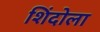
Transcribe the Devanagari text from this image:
शिंदोला